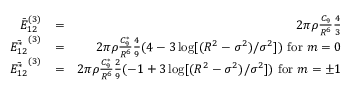
\begin{array} { r l r } { \bar { E } _ { 1 2 } ^ { ( 3 ) } } & { = } & { 2 \pi \rho \frac { C _ { 9 } } { R ^ { 6 } } \frac { 4 } { 3 } } \\ { \bar { E _ { 1 2 } ^ { * } } ^ { ( 3 ) } } & { = } & { 2 \pi \rho \frac { C _ { 9 } ^ { * } } { R ^ { 6 } } \frac { 4 } { 9 } ( 4 - 3 \log [ ( R ^ { 2 } - \sigma ^ { 2 } ) / \sigma ^ { 2 } ] ) \mathrm { ~ f o r ~ } m = 0 } \\ { \bar { E _ { 1 2 } ^ { * } } ^ { ( 3 ) } } & { = } & { 2 \pi \rho \frac { C _ { 9 } ^ { * } } { R ^ { 6 } } \frac { 2 } { 9 } ( - 1 + 3 \log [ ( R ^ { 2 } - \sigma ^ { 2 } ) / \sigma ^ { 2 } ] ) \mathrm { ~ f o r ~ } m = \pm 1 } \end{array}